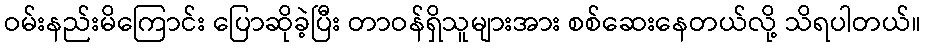
ဝမ်းနည်းမိကြောင်း ပြောဆိုခဲ့ပြီး တာဝန်ရှိသူများအား စစ်ဆေးနေတယ်လို့ သိရပါတယ်။